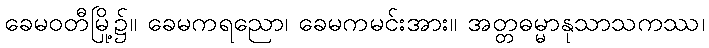
ခေမဝတီမြို့၌။ ခေမကရညော၊ ခေမကမင်းအား။ အတ္တဓမ္မာနုသာသကဿ၊